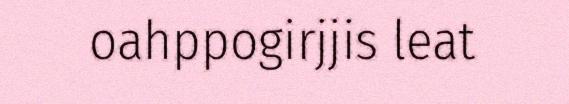
oahppogirjjis leat